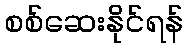
စစ်ဆေးနိုင်ရန်